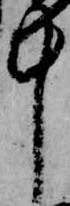
中